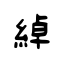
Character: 綽